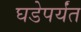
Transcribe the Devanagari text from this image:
घडेपर्यंत